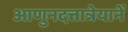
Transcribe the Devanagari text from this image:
आणुनदत्तात्रेयानें